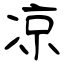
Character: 凉